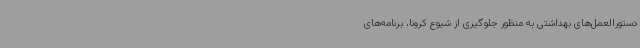
دستورالعمل‌های بهداشتی به منظور جلوگیری از شیوع کرونا، برنامه‌های